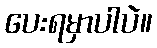
ပေးရမှာပါပဲ။